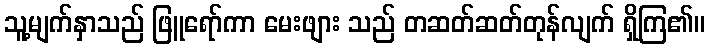
သူ့မျက်နှာသည် ဖြူရော်ကာ မေးဖျား သည် တဆတ်ဆတ်တုန်လျက် ရှိကြ၏။